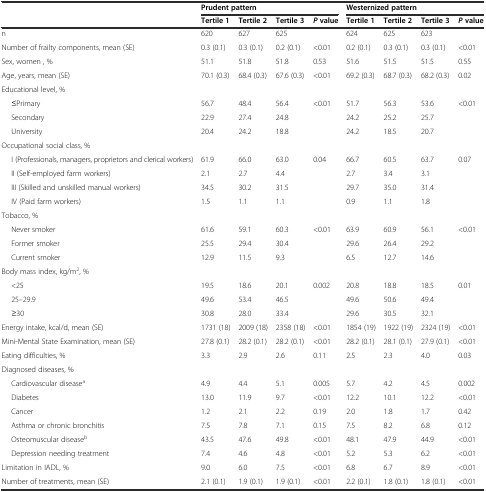
<table><thead><tr><td></td><td colspan="4"><b>Prudent pattern</b></td><td colspan="4"><b>Westernized pattern</b></td></tr><tr><td></td><td><b>Tertile 1</b></td><td><b>Tertile 2</b></td><td><b>Tertile 3</b></td><td><b><i>P</i>value</b></td><td><b>Tertile 1</b></td><td><b>Tertile 2</b></td><td><b>Tertile 3</b></td><td><b><i>P</i>value</b></td></tr></thead><tbody><tr><td>n</td><td>620</td><td>627</td><td>625</td><td></td><td>624</td><td>625</td><td>623</td><td></td></tr><tr><td>Number of frailty components, mean (SE)</td><td>0.3 (0.1)</td><td>0.3 (0.1)</td><td>0.2 (0.1)</td><td>&lt;0.01</td><td>0.2 (0.1)</td><td>0.3 (0.1)</td><td>0.3 (0.1)</td><td>&lt;0.01</td></tr><tr><td>Sex, women , %</td><td>51.1</td><td>51.8</td><td>51.8</td><td>0.53</td><td>51.6</td><td>51.5</td><td>51.5</td><td>0.55</td></tr><tr><td>Age, years, mean (SE)</td><td>70.1 (0.3)</td><td>68.4 (0.3)</td><td>67.6 (0.3)</td><td>&lt;0.01</td><td>69.2 (0.3)</td><td>68.7 (0.3)</td><td>68.2 (0.3)</td><td>0.02</td></tr><tr><td>Educational level, %</td><td></td><td></td><td></td><td></td><td></td><td></td><td></td><td></td></tr><tr><td>≤Primary</td><td>56.7</td><td>48.4</td><td>56.4</td><td>&lt;0.01</td><td>51.7</td><td>56.3</td><td>53.6</td><td>&lt;0.01</td></tr><tr><td>Secondary</td><td>22.9</td><td>27.4</td><td>24.8</td><td></td><td>24.2</td><td>25.2</td><td>25.7</td><td></td></tr><tr><td>University</td><td>20.4</td><td>24.2</td><td>18.8</td><td></td><td>24.2</td><td>18.5</td><td>20.7</td><td></td></tr><tr><td>Occupational social class, %</td><td></td><td></td><td></td><td></td><td></td><td></td><td></td><td></td></tr><tr><td>I (Professionals, managers, proprietors and clerical workers)</td><td>61.9</td><td>66.0</td><td>63.0</td><td>0.04</td><td>66.7</td><td>60.5</td><td>63.7</td><td>0.07</td></tr><tr><td>II (Self-employed farm workers)</td><td>2.1</td><td>2.7</td><td>4.4</td><td></td><td>2.7</td><td>3.4</td><td>3.1</td><td></td></tr><tr><td>III (Skilled and unskilled manual workers)</td><td>34.5</td><td>30.2</td><td>31.5</td><td></td><td>29.7</td><td>35.0</td><td>31.4</td><td></td></tr><tr><td>IV (Paid farm workers)</td><td>1.5</td><td>1.1</td><td>1.1</td><td></td><td>0.9</td><td>1.1</td><td>1.8</td><td></td></tr><tr><td>Tobacco, %</td><td></td><td></td><td></td><td></td><td></td><td></td><td></td><td></td></tr><tr><td>Never smoker</td><td>61.6</td><td>59.1</td><td>60.3</td><td>&lt;0.01</td><td>63.9</td><td>60.9</td><td>56.1</td><td>&lt;0.01</td></tr><tr><td>Former smoker</td><td>25.5</td><td>29.4</td><td>30.4</td><td></td><td>29.6</td><td>26.4</td><td>29.2</td><td></td></tr><tr><td>Current smoker</td><td>12.9</td><td>11.5</td><td>9.3</td><td></td><td>6.5</td><td>12.7</td><td>14.6</td><td></td></tr><tr><td>Body mass index, kg/m<sup>2</sup>, %</td><td></td><td></td><td></td><td></td><td></td><td></td><td></td><td></td></tr><tr><td>&lt;25</td><td>19.5</td><td>18.6</td><td>20.1</td><td>0.002</td><td>20.8</td><td>18.8</td><td>18.5</td><td>0.01</td></tr><tr><td>25–29.9</td><td>49.6</td><td>53.4</td><td>46.5</td><td></td><td>49.6</td><td>50.6</td><td>49.4</td><td></td></tr><tr><td>≥30</td><td>30.8</td><td>28.0</td><td>33.4</td><td></td><td>29.6</td><td>30.5</td><td>32.1</td><td></td></tr><tr><td>Energy intake, kcal/d, mean (SE)</td><td>1731 (18)</td><td>2009 (18)</td><td>2358 (18)</td><td>&lt;0.01</td><td>1854 (19)</td><td>1922 (19)</td><td>2324 (19)</td><td>&lt;0.01</td></tr><tr><td>Mini-Mental State Examination, mean (SE)</td><td>27.8 (0.1)</td><td>28.2 (0.1)</td><td>28.2 (0.1)</td><td>&lt;0.01</td><td>28.2 (0.1)</td><td>28.1 (0.1)</td><td>27.9 (0.1)</td><td>&lt;0.01</td></tr><tr><td>Eating difficulties, %</td><td>3.3</td><td>2.9</td><td>2.6</td><td>0.11</td><td>2.5</td><td>2.3</td><td>4.0</td><td>0.03</td></tr><tr><td>Diagnosed diseases, %</td><td></td><td></td><td></td><td></td><td></td><td></td><td></td><td></td></tr><tr><td>Cardiovascular disease<sup>a</sup></td><td>4.9</td><td>4.4</td><td>5.1</td><td>0.005</td><td>5.7</td><td>4.2</td><td>4.5</td><td>0.002</td></tr><tr><td>Diabetes</td><td>13.0</td><td>11.9</td><td>9.7</td><td>&lt;0.01</td><td>12.2</td><td>10.1</td><td>12.2</td><td>&lt;0.01</td></tr><tr><td>Cancer</td><td>1.2</td><td>2.1</td><td>2.2</td><td>0.19</td><td>2.0</td><td>1.8</td><td>1.7</td><td>0.42</td></tr><tr><td>Asthma or chronic bronchitis</td><td>7.5</td><td>7.8</td><td>7.1</td><td>0.15</td><td>7.5</td><td>8.2</td><td>6.8</td><td>0.12</td></tr><tr><td>Osteomuscular disease<sup>b</sup></td><td>43.5</td><td>47.6</td><td>49.8</td><td>&lt;0.01</td><td>48.1</td><td>47.9</td><td>44.9</td><td>&lt;0.01</td></tr><tr><td>Depression needing treatment</td><td>7.4</td><td>4.6</td><td>4.8</td><td>&lt;0.01</td><td>5.2</td><td>5.3</td><td>6.2</td><td>&lt;0.01</td></tr><tr><td>Limitation in IADL, %</td><td>9.0</td><td>6.0</td><td>7.5</td><td>&lt;0.01</td><td>6.8</td><td>6.7</td><td>8.9</td><td>&lt;0.01</td></tr><tr><td>Number of treatments, mean (SE)</td><td>2.1 (0.1)</td><td>1.9 (0.1)</td><td>1.9 (0.1)</td><td>&lt;0.01</td><td>2.2 (0.1)</td><td>1.8 (0.1)</td><td>1.8 (0.1)</td><td>&lt;0.01</td></tr></tbody></table>